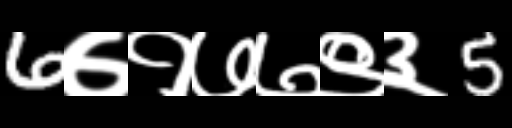
Text: 6७१७७९३5